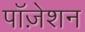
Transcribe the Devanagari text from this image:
पॉज़ेशन